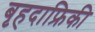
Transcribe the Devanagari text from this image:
बृहदाफ्रिकी